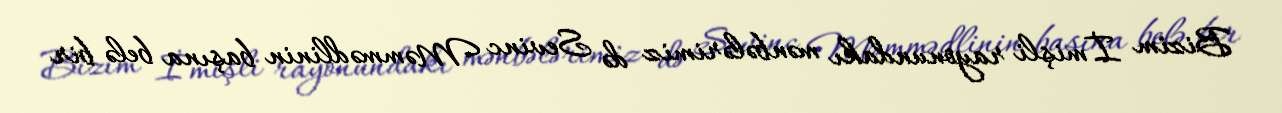
Bizim İmişli rayonundakı mənbələrimiz də Sevinc Məmmədlinin başına belə bir